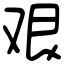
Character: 艰